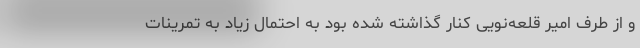
و از طرف امیر قلعه‌نویی کنار گذاشته شده بود به احتمال زیاد به تمرینات